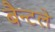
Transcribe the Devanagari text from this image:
बैन्टले